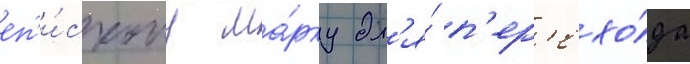
еп'и́скопу ма́рку дл'я́ п'ер'ехо́да